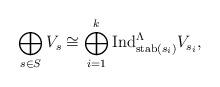
LaTeX: \begin{align*}\bigoplus\limits_{s \in S} V_s \cong \bigoplus\limits^k_{i=1} \mathrm{Ind}^{\Lambda}_{\mathrm{stab}(s_i)} V_{s_i},\end{align*}